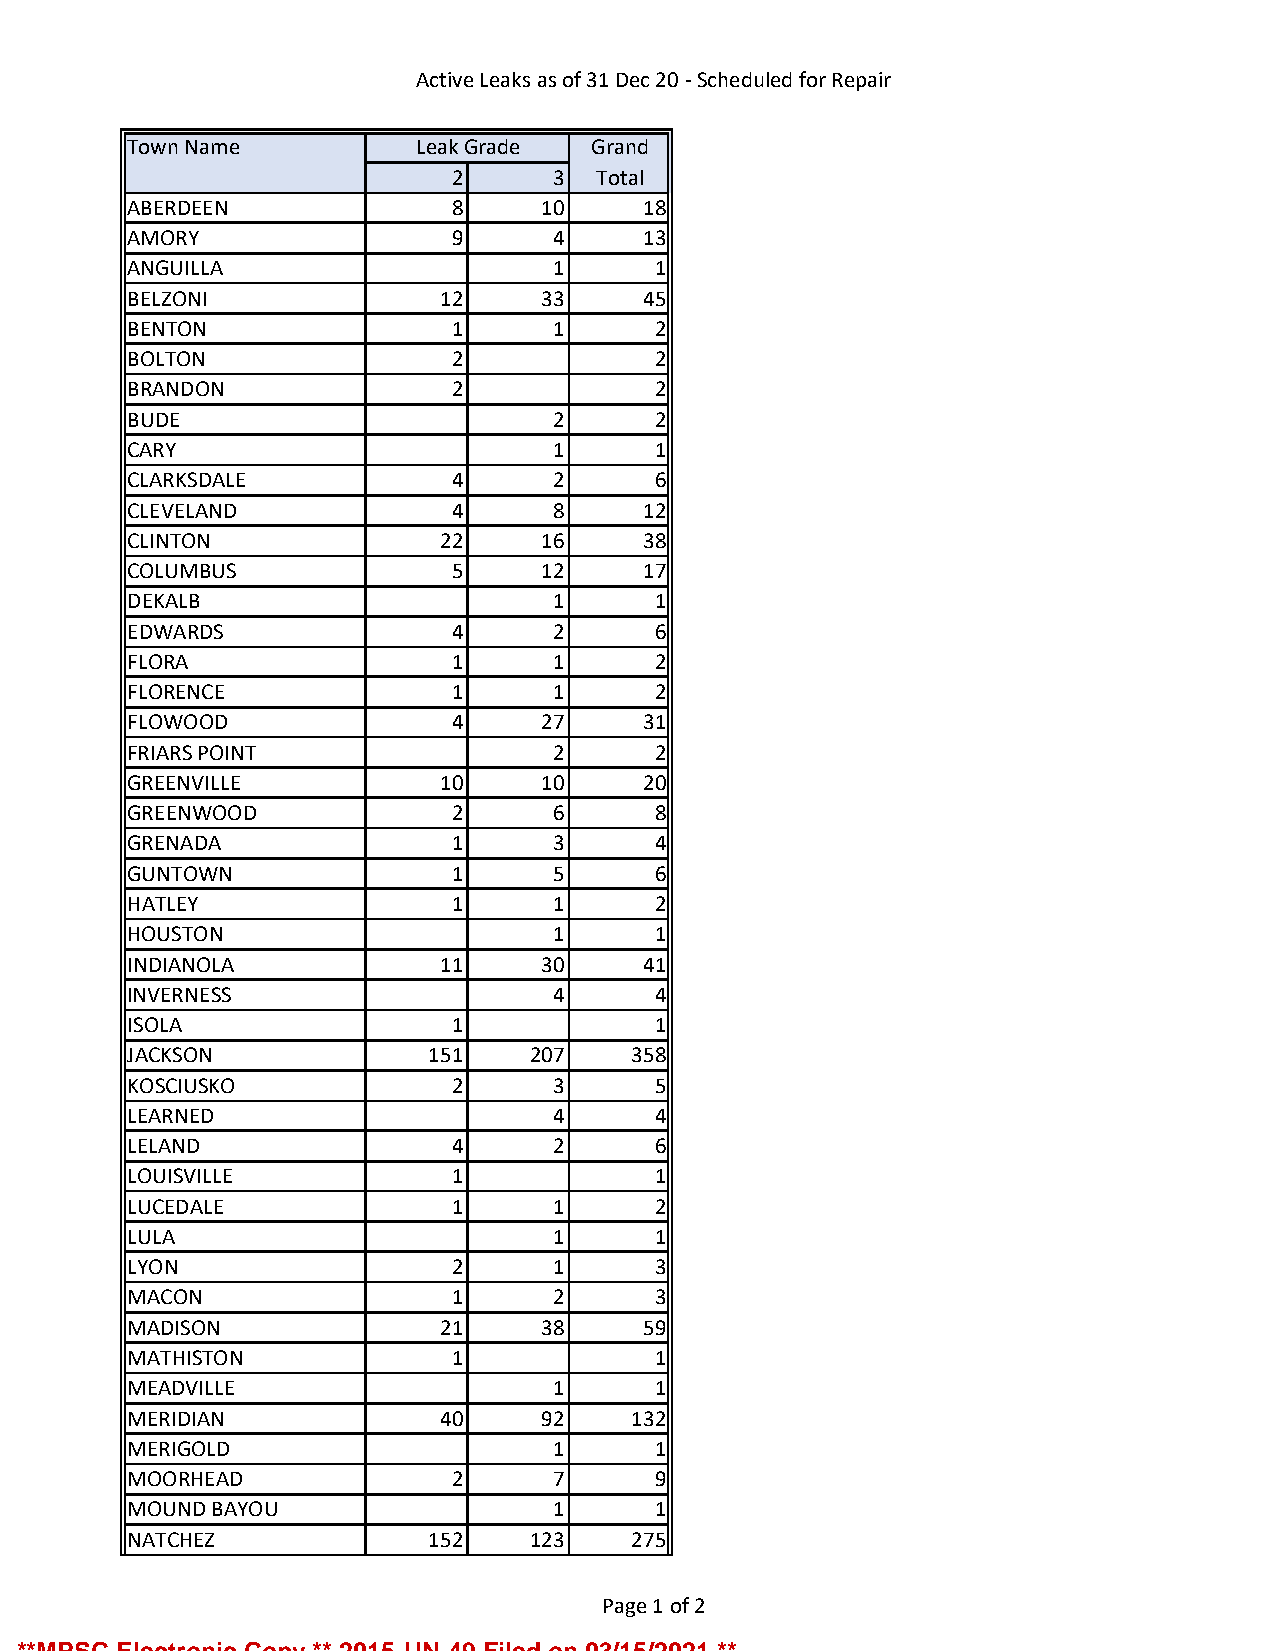
Active Leaks as of 31 Dec 20 - Scheduled for Repair
 Town Name          Leak Grade Grand
 2      3  Total
 ABERDEEN             8     10     18
 AMORY                9      4     13
 ANGUILLA                    1      1
 BELZONI             12     33     45
 BENTON               1      1      2
 BOLTON               2             2
 BRANDON              2             2
 BUDE                        2      2
 CARY                        1      1
 CLARKSDALE           4      2      6
 CLEVELAND            4      8     12
 CLINTON             22     16     38
 COLUMBUS             5     12     17
 DEKALB                      1      1
 EDWARDS              4      2      6
 FLORA                1      1      2
 FLORENCE             1      1      2
 FLOWOOD              4     27     31
 FRIARS POINT                2      2
 GREENVILLE          10     10     20
 GREENWOOD            2      6      8
 GRENADA              1      3      4
 GUNTOWN              1      5      6
 HATLEY               1      1      2
 HOUSTON                     1      1
 INDIANOLA           11     30     41
 INVERNESS                   4      4
 ISOLA                1             1
 JACKSON             151   207    358
 KOSCIUSKO            2      3      5
 LEARNED                     4      4
 LELAND               4      2      6
 LOUISVILLE           1             1
 LUCEDALE             1      1      2
 LULA                        1      1
 LYON                 2      1      3
 MACON                1      2      3
 MADISON             21     38     59
 MATHISTON            1             1
 MEADVILLE                   1      1
 MERIDIAN            40     92    132
 MERIGOLD                    1      1
 MOORHEAD             2      7      9
 MOUND BAYOU                 1      1
 NATCHEZ             152   123    275
 Page 1 of 2
 **MPSC Electronic Copy ** 2015-UN-49 Filed on 03/15/2021 **